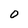
Character: 0